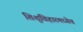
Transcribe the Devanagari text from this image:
शिशुविहारमध्येच